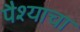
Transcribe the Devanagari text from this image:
पैश्याचा